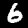
Digit: 6